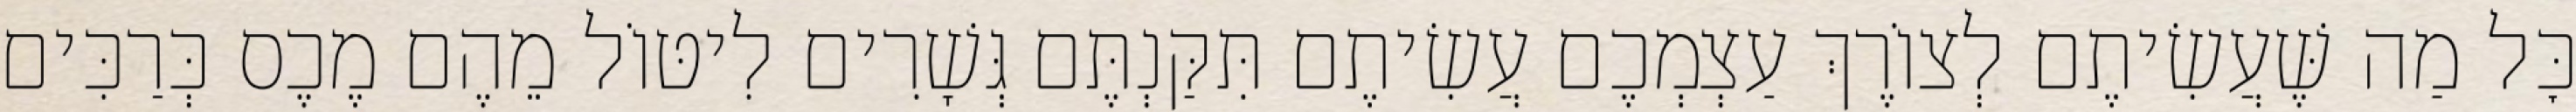
כׇּל מַה שֶּׁעֲשִׂיתֶם לְצוֹרֶךְ עַצְמְכֶם עֲשִׂיתֶם תִּקַּנְתֶּם גְּשָׁרִים לִיטּוֹל מֵהֶם מֶכֶס כְּרַכִּים